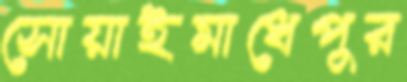
সোয়াইমাধেপুর